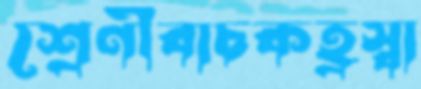
শ্রেণীবাচকহ্রস্বা